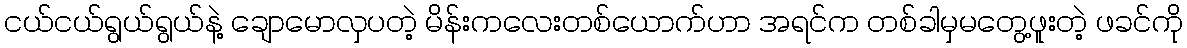
ငယ်ငယ်ရွယ်ရွယ်နဲ့ ချောမောလှပတဲ့ မိန်းကလေးတစ်ယောက်ဟာ အရင်က တစ်ခါမှမတွေ့ဖူးတဲ့ ဖခင်ကို